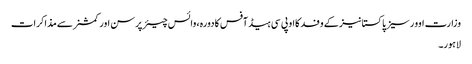
وزارت اوورسیزپاکستانیز کے وفد کااو پی سی ہیڈ آفس کادورہ، وائس چیئرپرسن اور کمشنر سے مذاکرات
لاہور۔